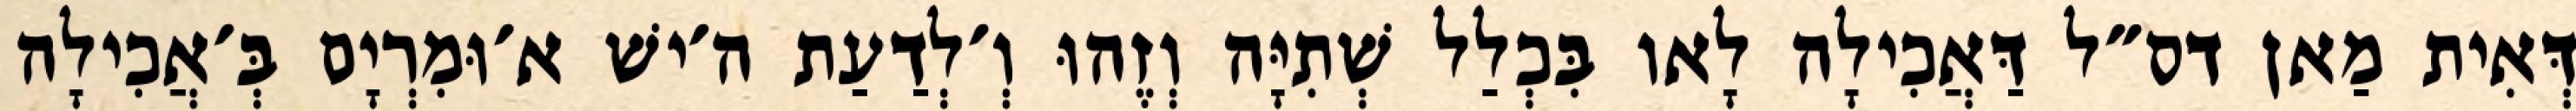
דְּאִית מַאן דס״ל דַּאֲכִילָה לָאו בִּכְלַל שְׁתִיָּה וְזֶהוּ וְ׳לְדַעַת ה׳ישׁ א׳וּמִרְיָם בְּ׳אֲכִילָה